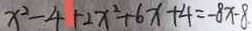
x ^ { 2 } - 4 + 2 x ^ { 2 } + 6 x + 4 = - 8 x - 8